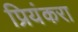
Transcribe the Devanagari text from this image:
प्रियंकरा